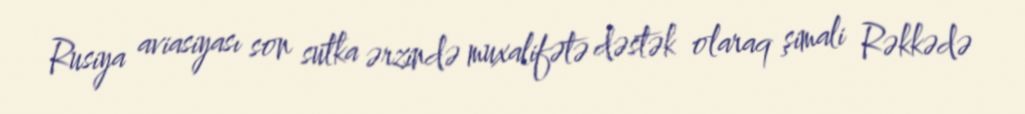
Rusiya aviasiyası son sutka ərzində muxalifətə dəstək olaraq şimali Rəkkədə